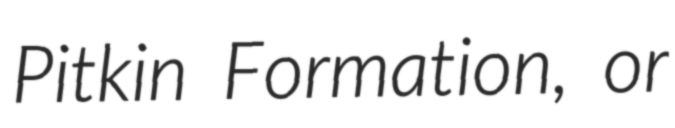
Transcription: Pitkin Formation, or